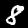
Digit: 8